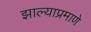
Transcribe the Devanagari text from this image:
झाल्याप्रमाणे